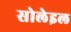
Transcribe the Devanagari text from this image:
सोलेइल